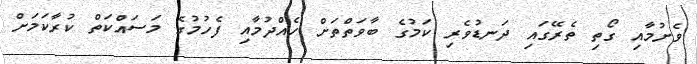
ވެށުމާއި ގޯތި ތެރޭގައި ދަނޑުވެރި ކަމުގެ ބާވަތްތަށް ހެއްދުމާއި ފެހުމުގެ މަސައްކަތް ކުރާކަމަށް